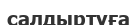
салдыртуға